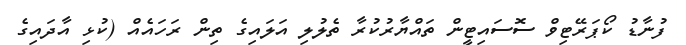
ފުނާޑު ކޯޕަރޭޓިވް ސޮސައިޓީން ތައްޔާރުުކުރާ ތެލުލި އަލަައިގެ ތިން ރަހައެއް (ކުޅި އާދައިގެ